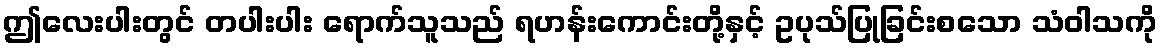
ဤလေးပါးတွင် တပါးပါး ရောက်သူသည် ရဟန်းကောင်းတို့နှင့် ဥပုသ်ပြုခြင်းစသော သံဝါသကို